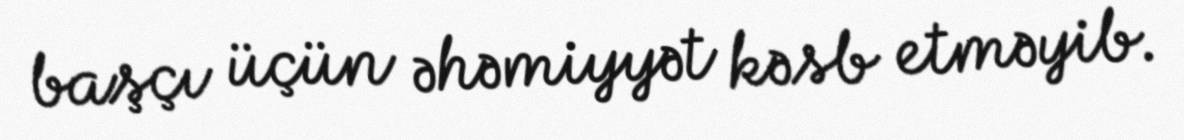
başçı üçün əhəmiyyət kəsb etməyib.